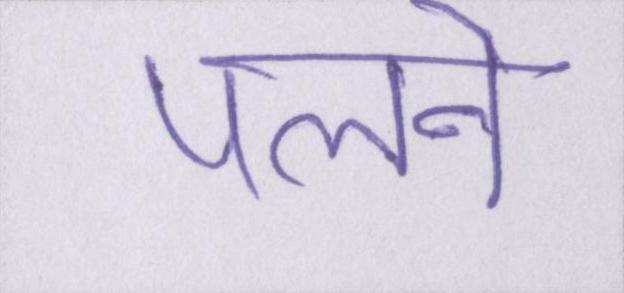
पलने